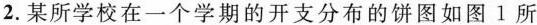
2.某所学校在一个学期的开支分布的饼图如图1所